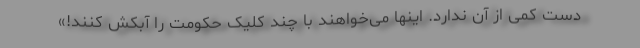
دست کمی از آن ندارد. اینها می‌خواهند با چند کلیک حکومت را آبکش کنند!»